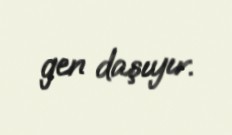
gen daşıyır.